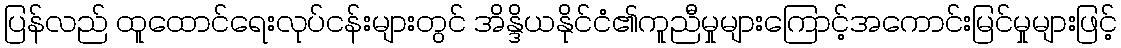
ပြန်လည် ထူထောင်ရေးလုပ်ငန်းများတွင် အိန္ဒိယနိုင်ငံ၏ကူညီမှုများကြောင့်အကောင်းမြင်မှုများဖြင့်